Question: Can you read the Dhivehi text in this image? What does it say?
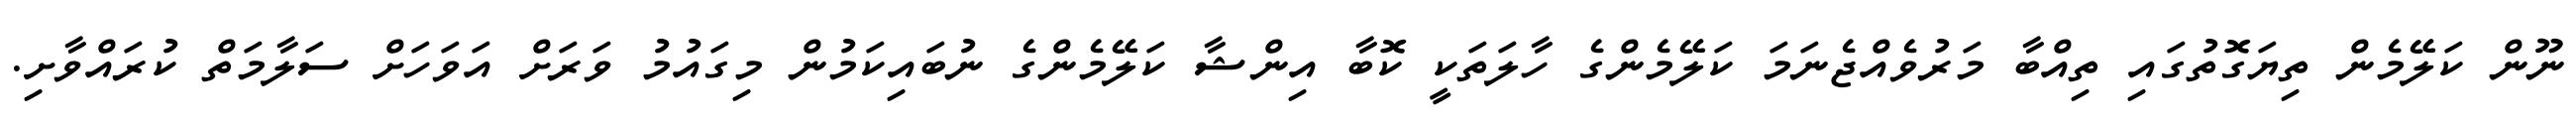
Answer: ނޫން ކަލޭމެން ތިޔަގޮތުގައި ތިއްބާ މަރުވެއްޖެނަމަ ކަލޭމެންގެ ހާލަތަކީ ކޮބާ އިންޝާ ކަލޭމެންގެ ނުބައިކަމުން މިގައުމު ވަރަށް އަވަހަށް ސަލާމަތް ކުރައްވާށި.